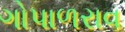
ગોપાળરાવ